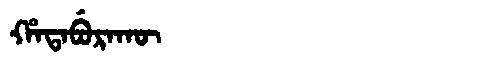
Manchu: ᡥᠠᡨᠠᠪᡠᡵᠠᡴᡡ
Romanization: HATABURAKŪ